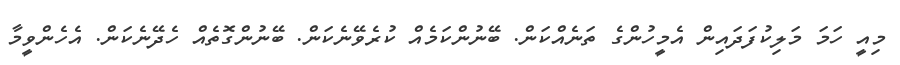
މިއީ ހަމަ މަލިކުފަދައިން އެމީހުންގެ ތަނެއްކަން. ބޭނުންކަމެއް ކުރެވޭނެކަން. ބޭނުންގޮތެއް ހެދޭނެކަން. އެހެންވީމާ